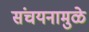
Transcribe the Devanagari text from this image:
संचयनामुळे